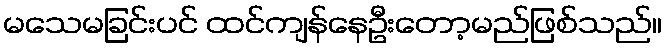
မသေမခြင်းပင် ထင်ကျန်နေဦးတော့မည်ဖြစ်သည်။